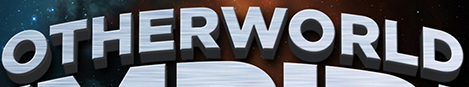
OTHERWORLD